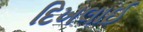
દિખલાઈ